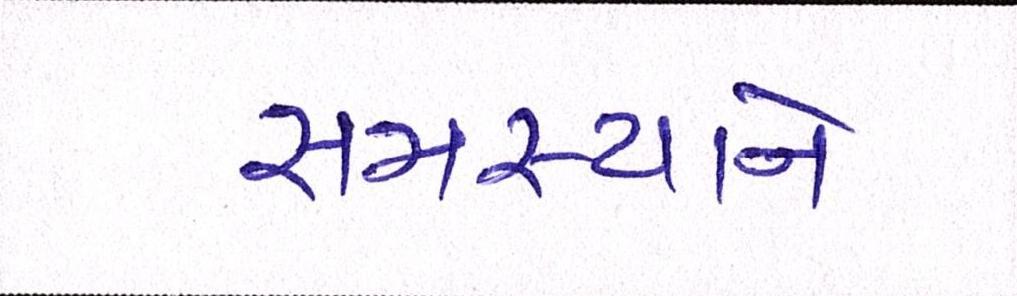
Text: સમસ્યાને